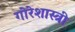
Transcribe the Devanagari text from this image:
गोरेशास्त्री